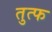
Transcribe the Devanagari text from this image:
तुत्फ